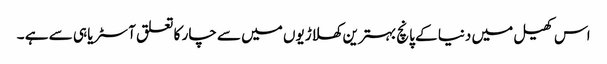
اس کھیل میں دنیا کے پانچ بہترین کھلاڑیوں میں سے چار کا تعلق آسٹریا ہی سے ہے ۔